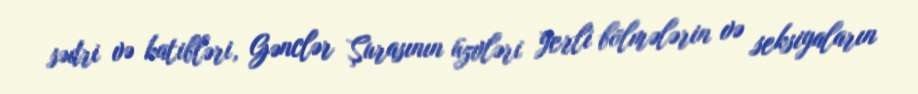
sədri və katibləri, Gənclər Şurasının üzvləri yerli bölmələrin və seksiyaların